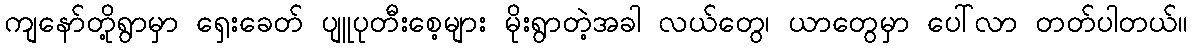
ကျနော်တို့ရွာမှာ ရှေးခေတ် ပျူပုတီးစေ့များ မိုးရွာတဲ့အခါ လယ်တွေ၊ ယာတွေမှာ ပေါ်လာ တတ်ပါတယ်။